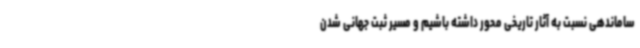
ساماندهی نسبت به آثار تاریخی محور داشته باشیم و مسیر ثبت جهانی شدن